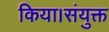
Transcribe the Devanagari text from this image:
किया।संयुक्त